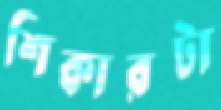
শিকারটা